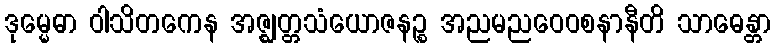
ဒုမ္မေဓာ ဝါသိတကေန အဇ္ဈတ္တသံယောဇနဉ္စ အညမညဝေဝစနာနီတိ သာဓေန္တာ